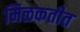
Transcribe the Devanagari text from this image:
मिळकतीत